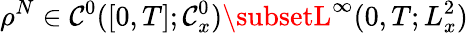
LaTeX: \rho^{N}\in\mathcal{C}^{0}([0,T];\mathcal{C}_{x}^{0})\subsetL^{\infty}(0,T;L_{x}^{2})